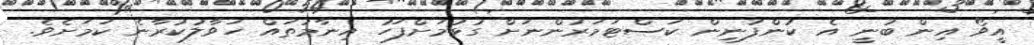
އީވޯ އިން ބުނީ އެ ކުންފުނިން ކަސްޓަމަރުންނަށް ގުޅުމަށްފަހު އިނާމުތައް ހަވާލުކުރާނެ ކަމަށެވެ.